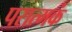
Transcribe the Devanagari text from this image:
परात्मकं